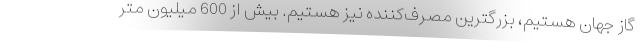
گاز جهان هستیم، بزرگترین مصرف‌کننده نیز هستیم. بیش از 600 میلیون متر